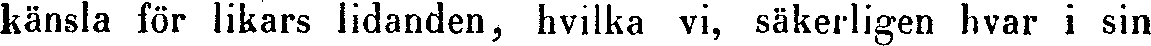
känsla för likars lidanden, hvilka vi, säkerligen hvar i sin